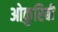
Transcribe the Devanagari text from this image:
ओकुरिबी